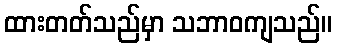
ထားတတ်သည်မှာ သဘာဝကျသည်။